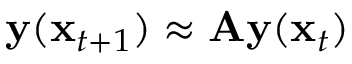
\mathbf { y } ( \mathbf x _ { t + 1 } ) \approx \mathbf { A } \mathbf { y } ( { \mathbf x _ { t } } )